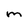
Character: M